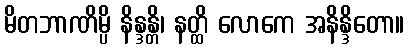
မိတဘာဏိမ္ပိ နိန္ဒန္တိ၊ နတ္ထိ လောကေ အနိန္ဒိတော။